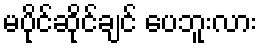
မပိုင်ဆိုင်ချင် ပေဘူးလား